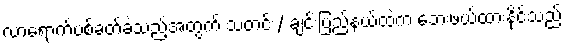
လာရောက်ပစ်ခတ်ခဲ့သည့်အတွက် သတင်း/ ချင်းပြည်နယ်ထဲက ဘေးဖယ်ထားနိုင်သည်